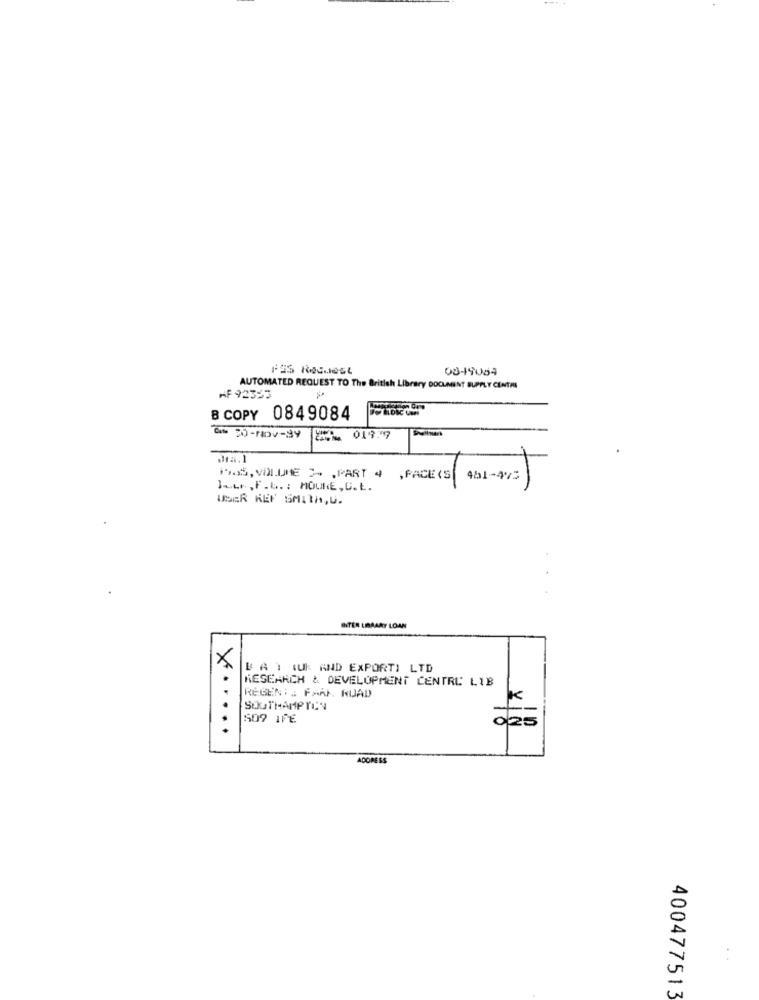
08-19054
AUTOMATED REQUEST TO The British Library DOCUMENT SUPPLY CENTRA
AF 92333
B COPY 0849084
at 20-Nov-34
019.7
.a.1
PAS, VOLUME 2- , PART 4 ,PACE(S
481-4%5
Jeur , F.E .: MOUNE, C. L.
USER KEF SMITH, U.
INTER LIBRARY LOAN
×
BAT (UK AND EXPORT) LTD
RESEARCH & DEVELOPMENT CENTRE LIB
REGENT . FAAF. KUAD
SOUTHAMPTON
K
509 IPE
ADORESS
400477513